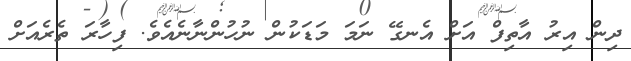
ދިން އިރު އާތިފް އަށް އެނގޭ ނަމަ މަޑަކުން ނުހުންނާނެއެވެ. ފިހާރަ ތެރެއަށް